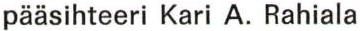
pääsihteeri Kari A. Rahiala